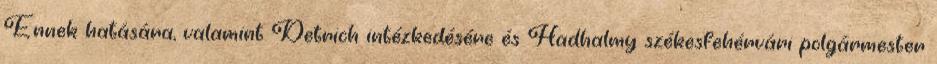
Ennek hatására, valamint Detrich intézkedésére és Hadhalmy székesfehérvári polgármester